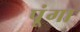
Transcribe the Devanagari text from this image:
पूंगा